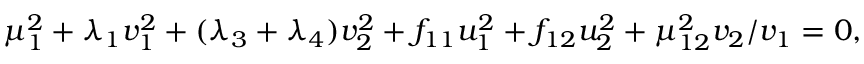
\mu _ { 1 } ^ { 2 } + \lambda _ { 1 } v _ { 1 } ^ { 2 } + ( \lambda _ { 3 } + \lambda _ { 4 } ) v _ { 2 } ^ { 2 } + f _ { 1 1 } u _ { 1 } ^ { 2 } + f _ { 1 2 } u _ { 2 } ^ { 2 } + \mu _ { 1 2 } ^ { 2 } v _ { 2 } / v _ { 1 } = 0 ,